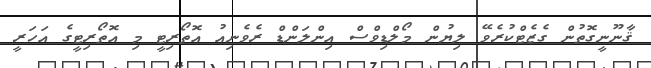
ޤާނޫނީގޮތުން ގެޒެޓްކުރެވޭ ލިޔުން މޯލްޑިވްސް އިންލަންޑް ރެވެނިއު އޮތޯރިޓީ މި އޮތޯރިޓީގެ އަހަރީ